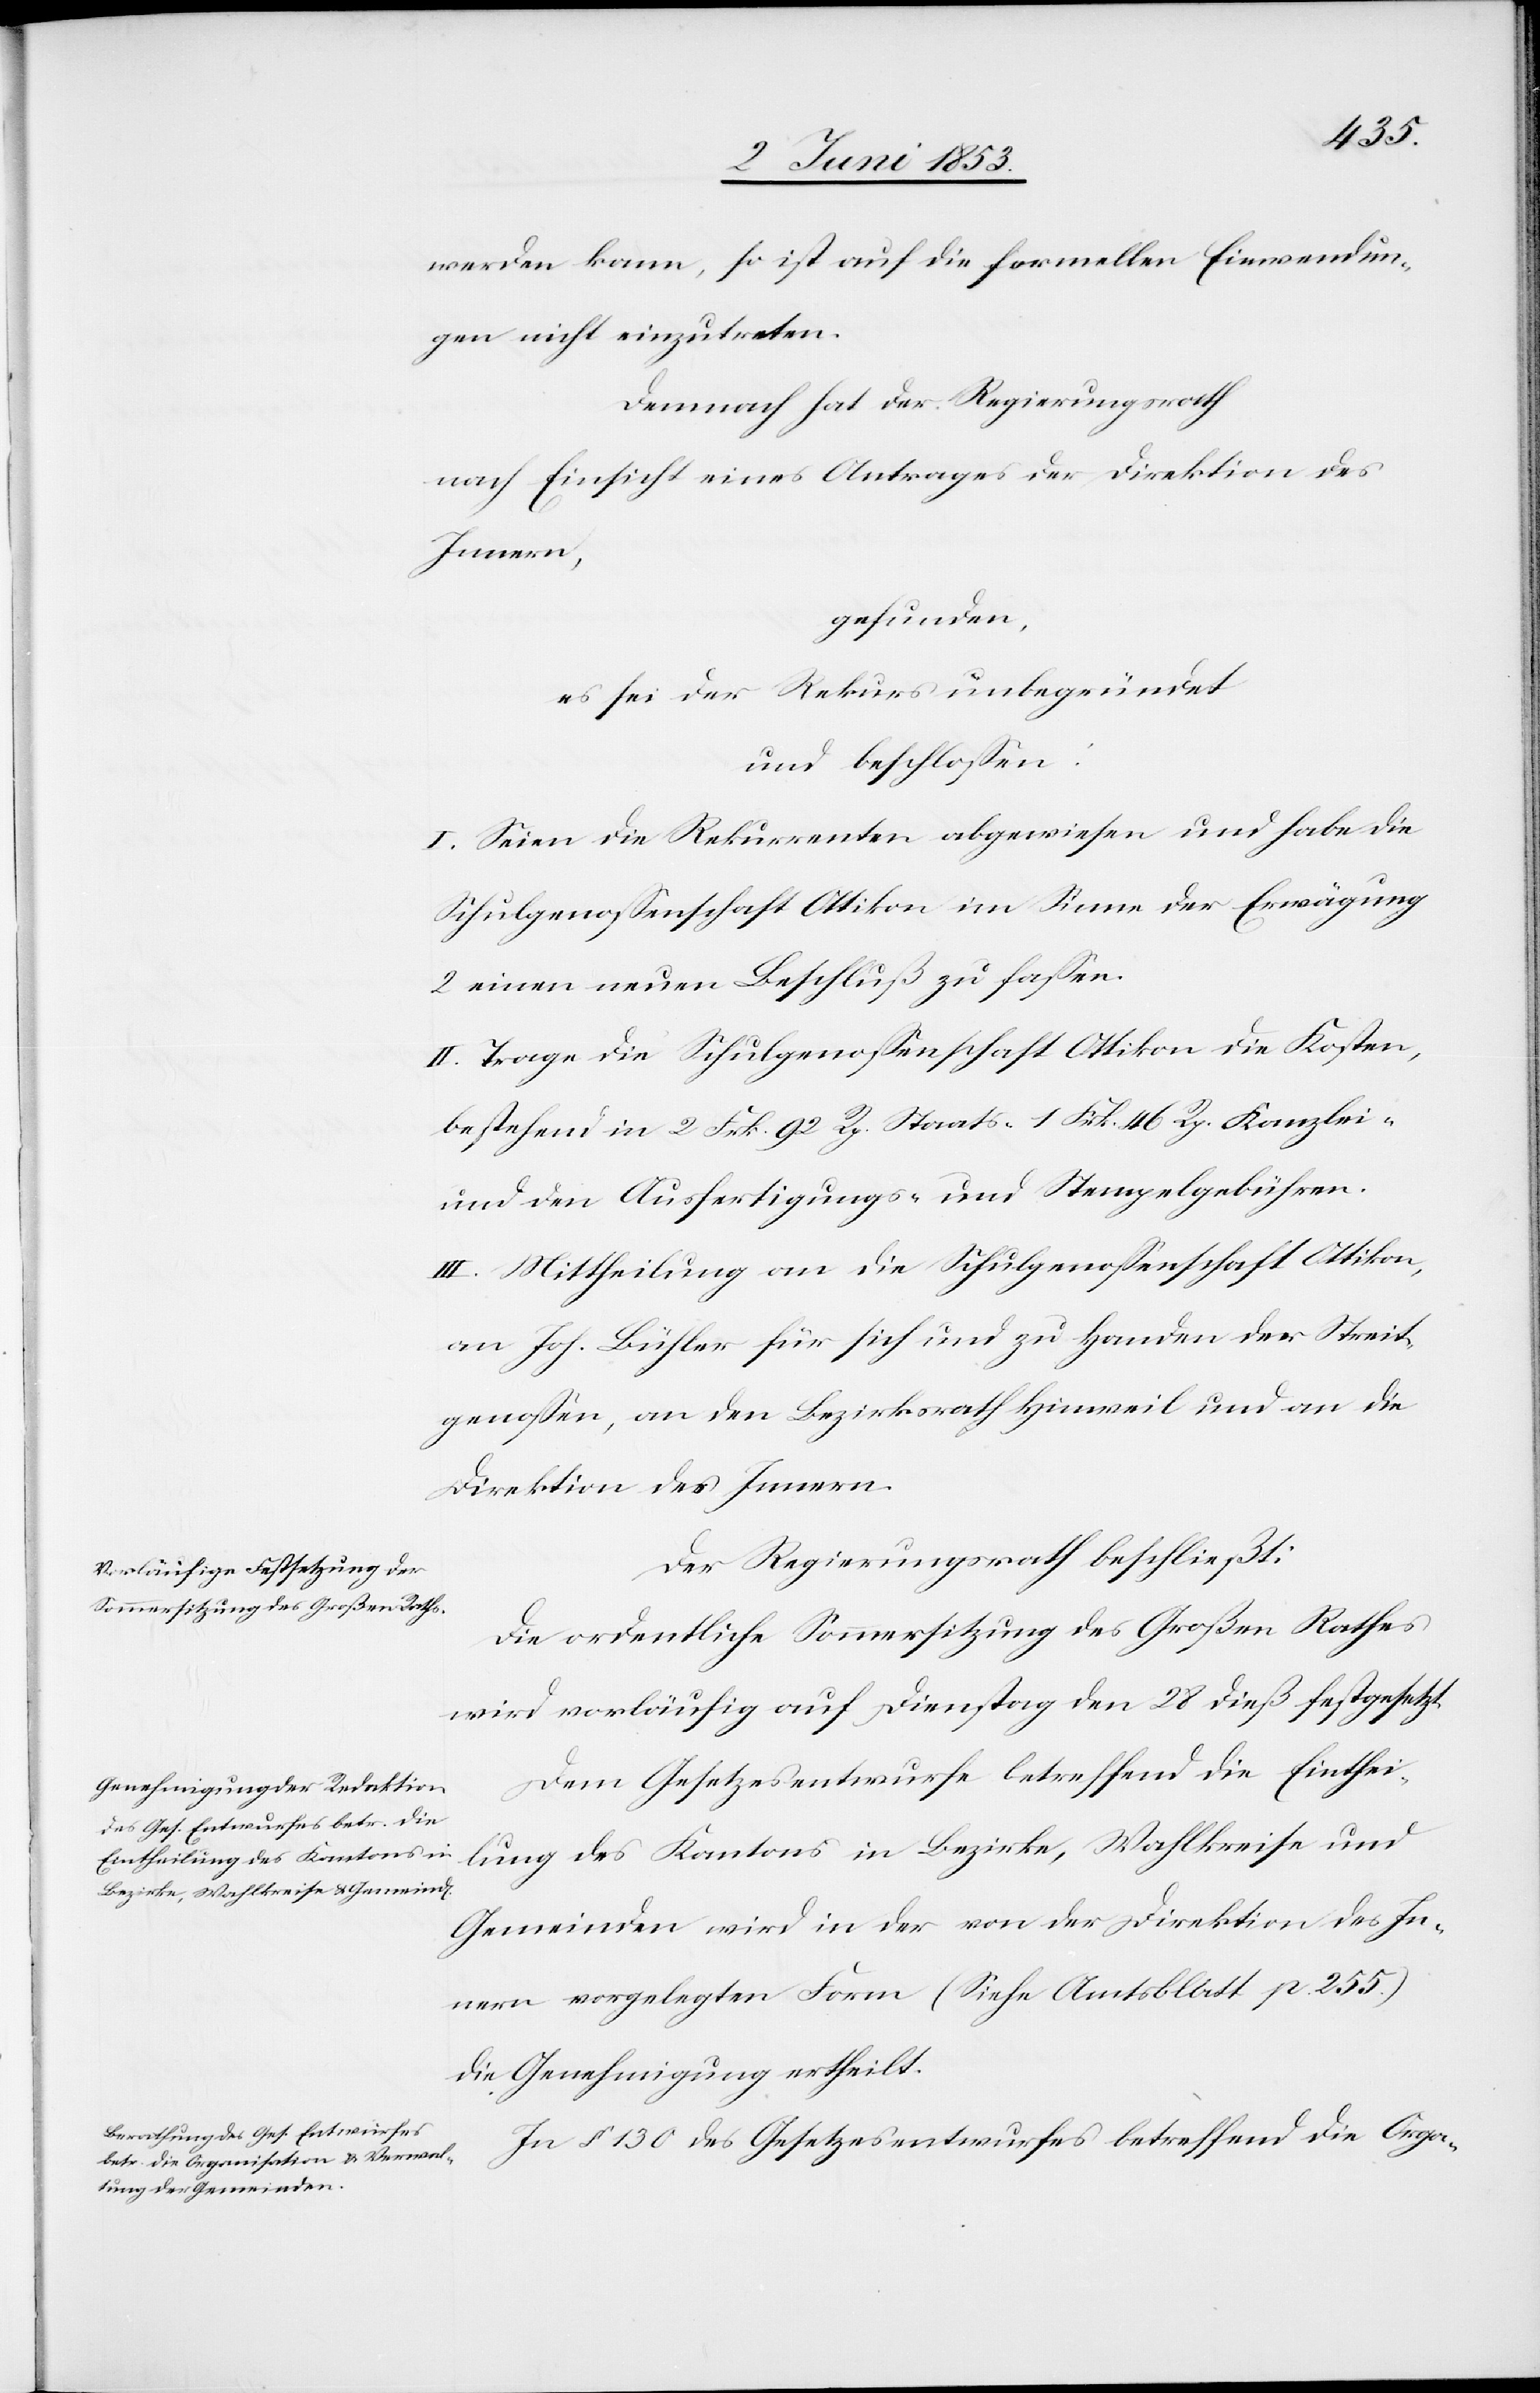
werden kann, so ist auf die formellen Einwendun¬
gen nicht einzutreten.
Demnach hat der Regierungsrath
nach Einsicht eines Antrages der Direktion des
Innern,
gefunden,
es sei der Rekurs unbegründet
und beschloßen:
I. Seien die Rekurrenten abgewiesen und habe die
Schulgenoßenschaft Ottikon im Sinne der Erwägung
2 einen neuen Beschluß zu faßen.
II. Trage die Schulgenoßenschaft Ottikon die Kosten,
bestehend in 2 Frk. 92 Rp. 1 Frk. 46 Rp. Kanzlei-
und den Ausfertigungs- u. Stempelgebühren.
III. Mittheilung an die Schulgenoßenschaft Ottikon,
an Joh. Bühler für sich und zu Handen der Streit¬
genoßen, an den Bezirksrath Hinweil und an die
Direktion des Innern.
Der Regierungsrath beschließt:
Die ordentliche Sommersitzung des Großen Rathes
wird vorläufig auf Dienstag den 28 dieß festgesetzt.
Dem Gesetzesentwurfe betreffend die Einthei¬
lung des Kantons in Bezirke, Wahlkreise und
Gemeinden wird in der von der Direktion des In¬
nern vorgelegten Form (Siehe Amtsblatt p. 255)
die Genehmigung ertheilt.
In § 130 des Gesetzesentwurfes betreffend die Orga-